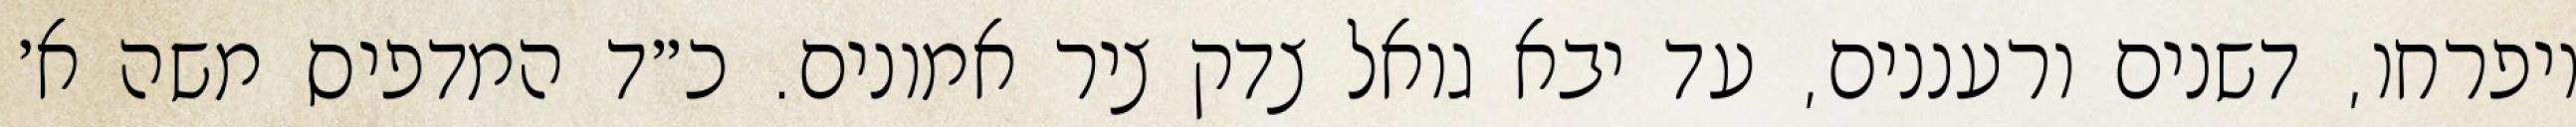
ויפרחו, דשנים ורעננים, עד יבא גואל צדק ציר אמונים. כ״ד המדפיס משה א׳